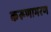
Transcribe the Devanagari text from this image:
करूणाभरण